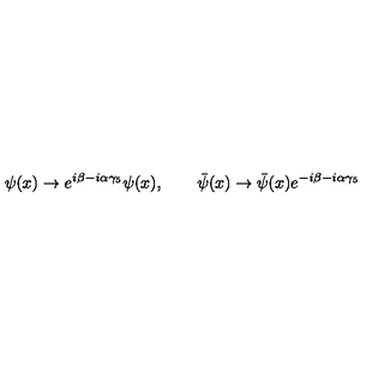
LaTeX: \psi ( x ) \to e ^ { i \beta - i \alpha \gamma _ { 5 } } \psi ( x ) , \qquad \bar { \psi } ( x ) \to \bar { \psi } ( x ) e ^ { - i \beta - i \alpha \gamma _ { 5 } }